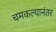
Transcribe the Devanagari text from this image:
चमकल्यानंतर